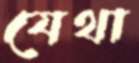
যেথা